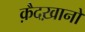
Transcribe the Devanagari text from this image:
क़ैदख़ानों